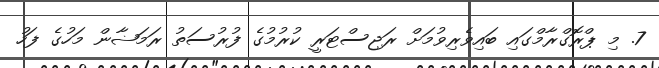
7. މި ޕްރޮގްރާމްގައި ބައިވެރިވުމަށް ރަޖިސްޓަރީ ކުރުމުގެ ފުރުސަތު ރަމަޟާން މަހުގެ ފަހު